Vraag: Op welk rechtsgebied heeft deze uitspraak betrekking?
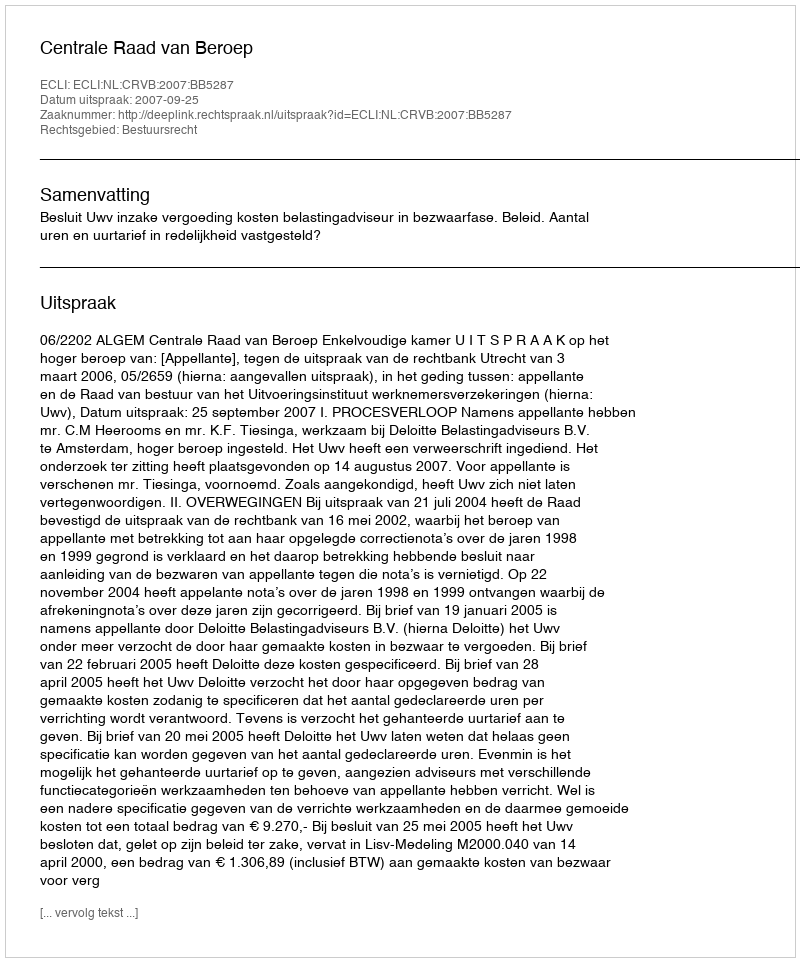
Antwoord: Bestuursrecht